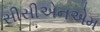
સીસીએનએમ